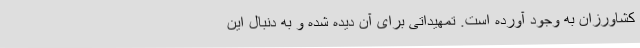
کشاورزان به وجود آورده است. تمهیداتی برای آن دیده شده و به دنبال این